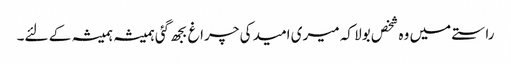
راستے میں وہ شخص بولا کہ میری امید کی چراغ بجھ گئی ہمیشہ ہمیشہ کے لئے۔